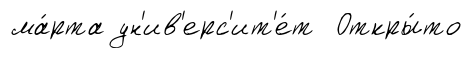
ма́рта ун'ив'ерс'ит'е́т Откры́то